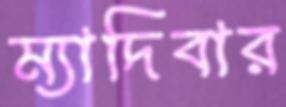
ম্যাদিবার